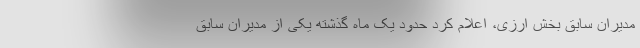
مدیران سابق بخش ارزی، اعلام کرد حدود یک ماه گذشته یکی از مدیران سابق